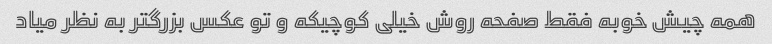
همه چیش خوبه فقط صفحه روش خیلی کوچیکه و تو عکس بزرگتر به نظر میاد